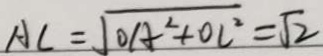
A C = \sqrt { O A ^ { 2 } + O C ^ { 2 } } = \sqrt { 2 }